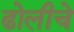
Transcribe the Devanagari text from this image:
ढोलीचे